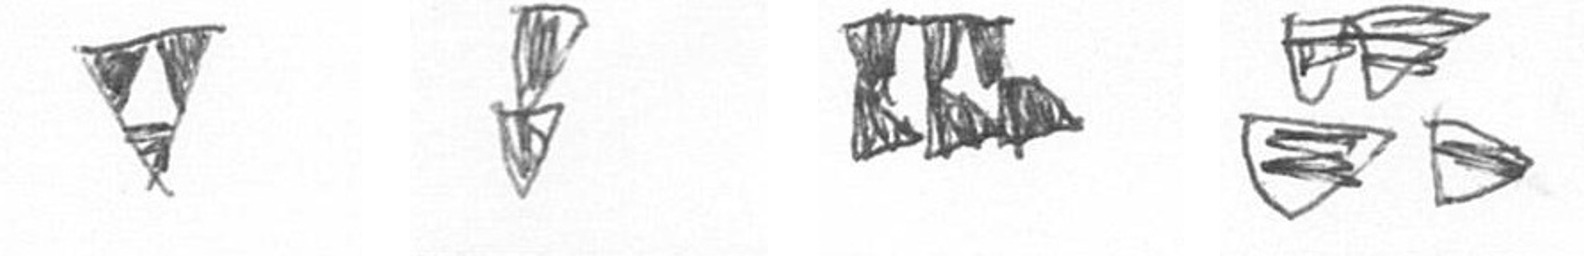
S Z D B